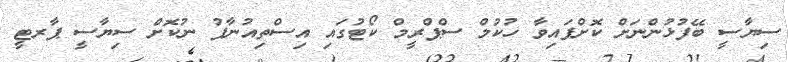
ސިޔާސީ ބޭފުޅުންނަށް ކޮށްފައިވާ ހުކުމް ސްޕްރީމް ކޯޓުގައި އިސްތިއުނާފު ނުކޮށް ސިޔާސީ ޕާރޓީ